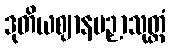
ဒုတိယဈာနပဉှာသုတ္တံ